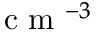
\mathrm { ~ c ~ m ~ } ^ { - 3 }